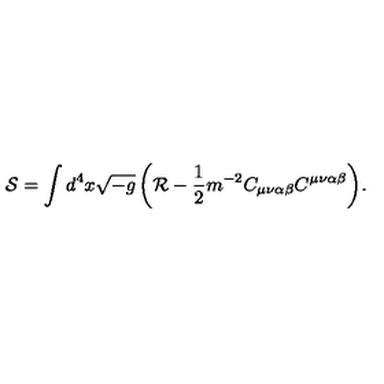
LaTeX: \mathcal { S } = \int { d ^ { 4 } x \sqrt { - g } \left( \mathcal { R } - \frac { 1 } { 2 } m ^ { - 2 } C _ { \mu \nu \alpha \beta } C ^ { \mu \nu \alpha \beta } \right) } .